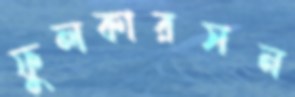
ফুলকারসন